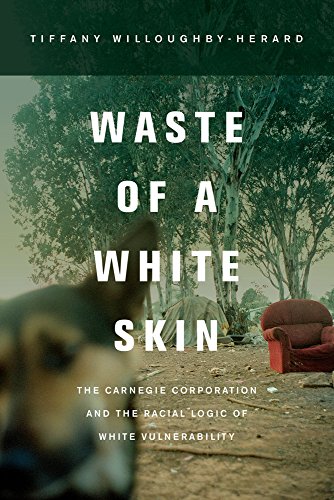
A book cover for Waste of a White Skin: The Carnegie Corporation and the Racial Logic of White Vulnerability; Tiffany Willoughby-Herard; History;